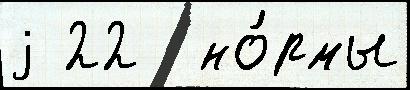
j 22  но́рмы